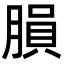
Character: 䐣